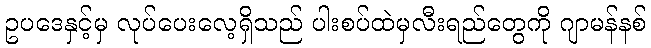
ဥပဒေနှင့်မှ လုပ်ပေးလေ့ရှိသည် ပါးစပ်ထဲမှလီးရည်တွေကို ဂျာမန်နစ်